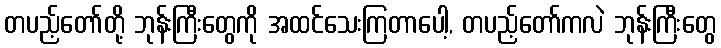
တပည့်တော်တို့ ဘုန်းကြီးတွေကို အထင်သေးကြတာပေါ့, တပည့်တော်ကလဲ ဘုန်းကြီးတွေ